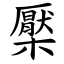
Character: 檿